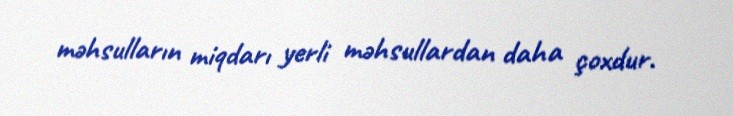
məhsulların miqdarı yerli məhsullardan daha çoxdur.